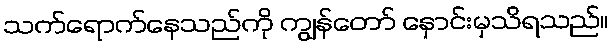
သက်ရောက်နေသည်ကို ကျွန်တော် နှောင်းမှသိရသည်။